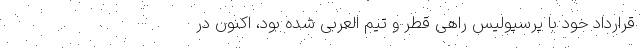
قرارداد خود با پرسپولیس راهی قطر و تیم العربی شده بود، اکنون د‌ر